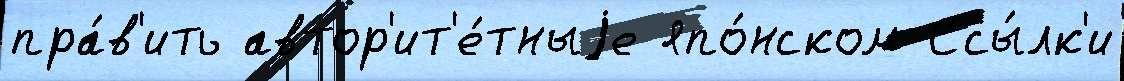
пра́в'ить автор'ит'е́тныjе япо́нском Ссы́лк'и